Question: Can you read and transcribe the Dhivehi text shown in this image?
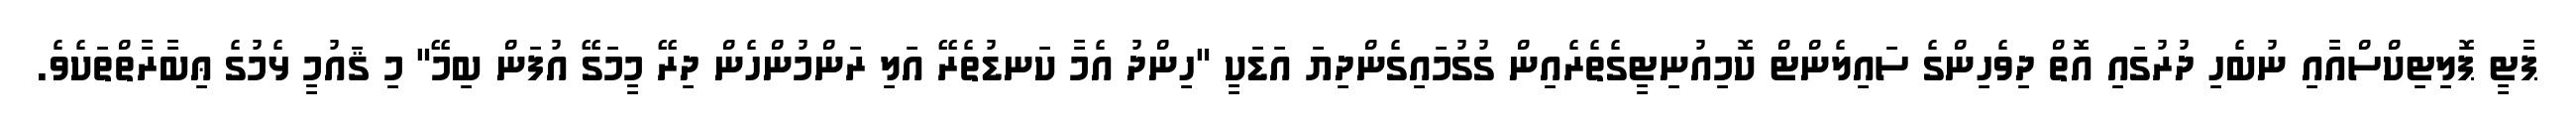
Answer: ޕާޓީ ޕޮލިޓިކްސްއާއި ނުބެހި ދުރުގައި އޮތް ދިވެހިންގެ ސައިލެންޓް ކޮމިއުނިޓީގެތެރެއިން ގުގުމައިގެންދިޔަ އަޑަކީ "ހިންދު އެމާ ކަނޑުތެރޭ އަލި ރަންމުންހެން ދިރޭ މީމަގޭ އުފަން ބިމޭ" މި ޤައުމީ ޅެމުގެ ޢިބާރާތްތަކެވެ.